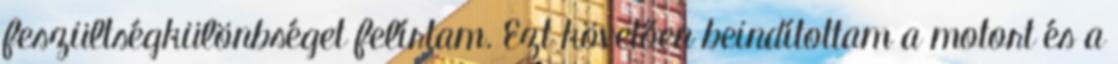
feszültségkülönbséget felírtam. Ezt követően beindítottam a motort és a